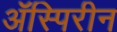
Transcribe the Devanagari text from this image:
ॲस्पिरीन